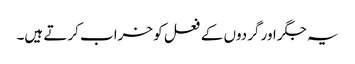
یہ جگر اور گردوں کے فعل کو خراب کرتے ہیں۔